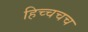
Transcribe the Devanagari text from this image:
हिच्चचच